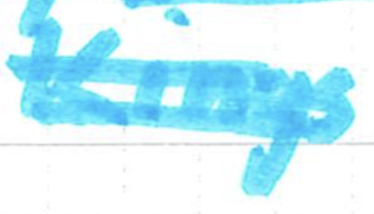
Text: Kings
Cross-out: double-line
Writing tool: marker